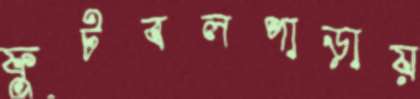
ফুটবলপাড়ায়